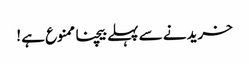
خریدنے سے پہلے بیچنا ممنوع ہے !